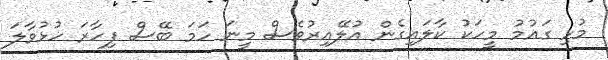
މުޅި ގައުމު މީހަކު ކާލައިގެން އުލޭއިރުވެސް މީނަ ހަމަ ބޭސް ފިހާރަ ހުޅުވާލަ